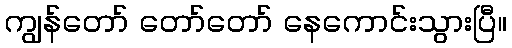
ကျွန်တော် တော်တော် နေကောင်းသွားပြီ။